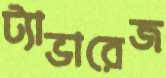
ট্যাভারেজ